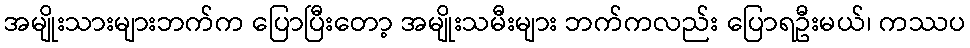
အမျိုးသားများဘက်က ပြောပြီးတော့ အမျိုးသမီးများ ဘက်ကလည်း ပြောရဦးမယ်၊ ကဿပ